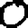
Digit: 0